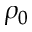
\rho _ { 0 }